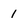
Character: 1